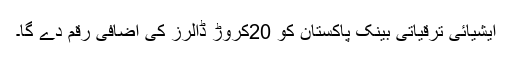
ایشیائی ترقیاتی بینک پاکستان کو 20کروڑ ڈالرز کی اضافی رقم دے گا۔